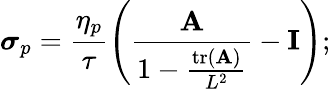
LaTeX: \boldsymbol{\sigma}_{p}=\frac{\eta_{p}}{\tau}\left(\frac{\mathbf{A}}{1-\frac{\operatorname{tr}(\mathbf{A})}{L^{2}}}-\mathbf{I}\right);